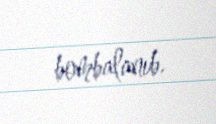
bombalanıb.